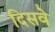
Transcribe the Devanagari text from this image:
दिसवे